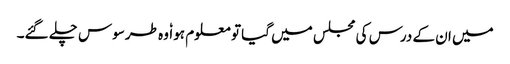
میں ان کے درس کی مجلس میں گیا تو معلوم ہوا ٗ وہ طرسوس چلے گئے۔